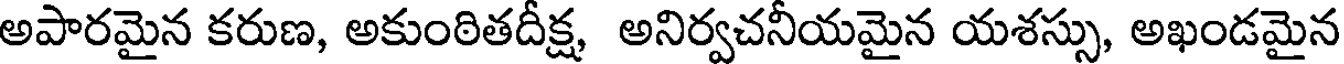
అపారమైన కరుణ, అకుంఠితదీక్ష, అనిర్వచనీయమైన యశస్సు, అఖండమైన